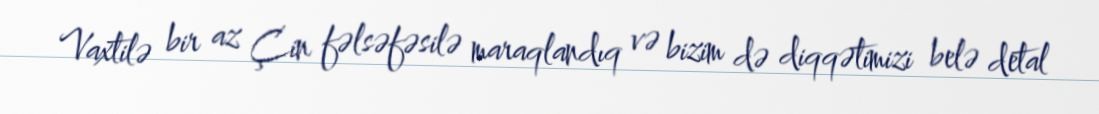
Vaxtilə bir az Çin fəlsəfəsilə maraqlandıq və bizim də diqqətimizi belə detal